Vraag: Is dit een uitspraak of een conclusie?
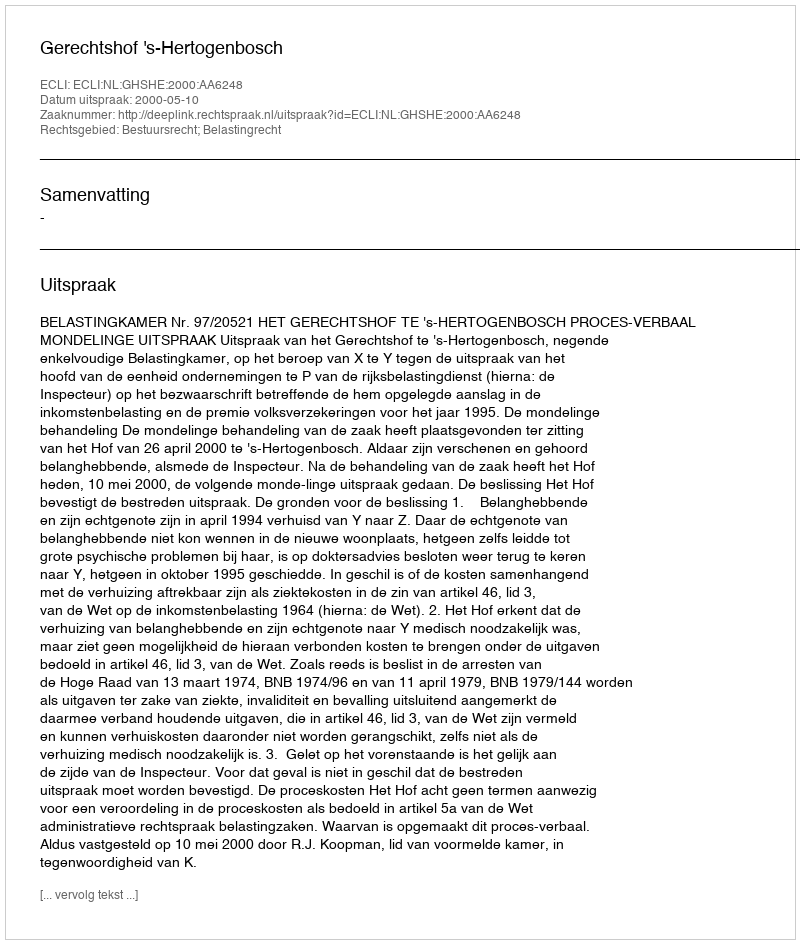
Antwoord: Uitspraak